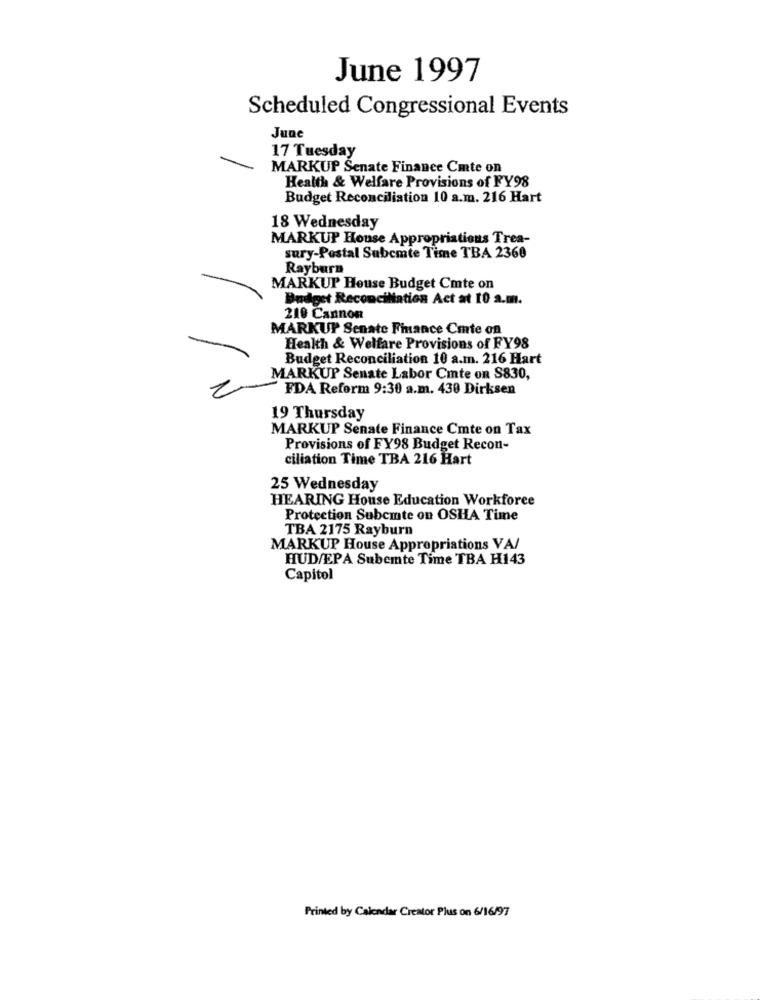
June 1997
Scheduled Congressional Events
June
17 Tuesday
MARKUP Senate Finance Cmte on
Health & Welfare Provisions of FY98
Budget Reconciliation 10 a.m. 216 Hart
18 Wednesday
MARKUP House Appropriations Trea-
sury-Postal Subemte Time TBA 2360
Rayburn
MARKUP House Budget Cmte on
Budget Reconciliation Act at 10 a.m.
210 Cannon
MARKUP Senate Finance Cmte on
Health & Welfare Provisions of FY98
Budget Reconciliation 10 a.m. 216 Hart
MARKUP Senate Labor Cmte on S830,
FDA Reform 9:30 a.m. 430 Dirksen
19 Thursday
MARKUP Senate Finance Cmte on Tax
Provisions of FY98 Budget Recon-
ciliation Time TBA 216 Hart
25 Wednesday
HEARING House Education Workforce
Protection Subcmte on OSHA Time
TBA 2175 Rayburn
MARKUP House Appropriations VA/
HUD/EPA Subemte Time TBA H143
Capitol
Printed by Calendar Creator Plus on 6/16/97